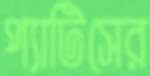
প্যাটিসের